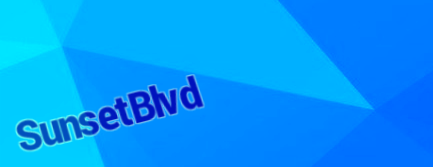
SunsetBlvd